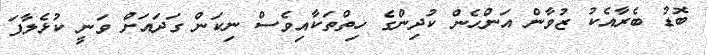
ބޮޑު ބެރާއެކު ޒުވާން އަންހެން ކުދިންގެ ހިތްތަކާއިވެސް ނިކަން ގަދައަށް ވަނީ ކުޅެލާފަ